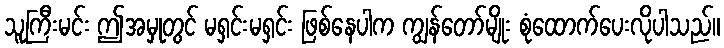
သူကြီးမင်း ဤအမှုတွင် မရှင်းမရှင်း ဖြစ်နေပါက ကျွန်တော်မျိုး စုံထောက်ပေးလိုပါသည်။